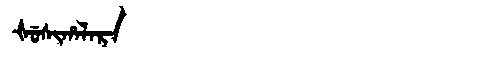
Manchu: ᡧᡠᠰᡳᡥᠠᠯᠠᡵᠠ
Romanization: ŠUSIHALARA